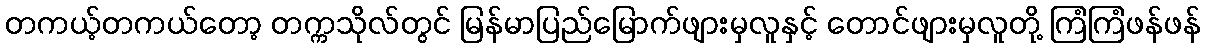
တကယ့်တကယ်တော့ တက္ကသိုလ်တွင် မြန်မာပြည်မြောက်ဖျားမှလူနှင့် တောင်ဖျားမှလူတို့ ကြံကြံဖန်ဖန်